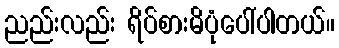
ညည်းလည်း ရိပ်စားမိပုံပေါ်ပါတယ်။